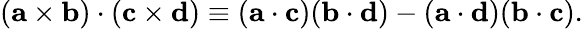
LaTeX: (\mathbf{a}\times\mathbf{b})\cdot(\mathbf{c}\times\mathbf{d})\equiv(\mathbf{a}\cdot\mathbf{c})(\mathbf{b}\cdot\mathbf{d})-(\mathbf{a}\cdot\mathbf{d})(\mathbf{b}\cdot\mathbf{c}).